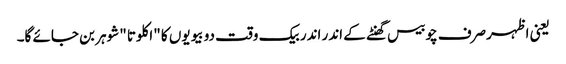
یعنی اظہرصرف چوبیس گھنٹے کے اندر اندر بیک وقت دو بیویوں کا "اکلوتا "شوہر بن جائے گا۔